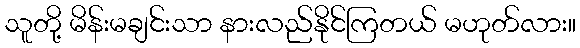
သူတို့ မိန်းမချင်းသာ နားလည်နိုင်ကြတယ် မဟုတ်လား။